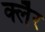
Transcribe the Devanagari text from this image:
क्लैर